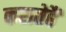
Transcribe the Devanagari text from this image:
करातेहैं